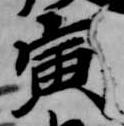
寅